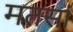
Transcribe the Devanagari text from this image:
मतसां